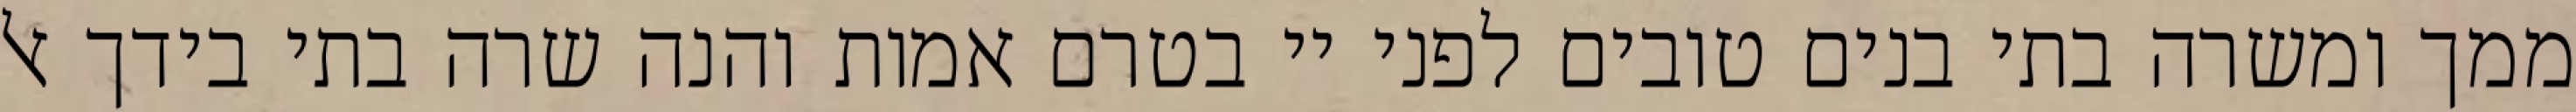
ממך ומשרה בתי בנים טובים לפני יי בטרם אמות והנה שרה בתי בידך אל